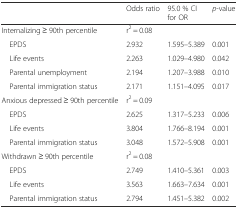
<table><thead><tr><td></td><td><b>Odds ratio</b></td><td><b>95.0 % CI for OR</b></td><td><b><i>p</i>-value</b></td></tr></thead><tbody><tr><td>Internalizing ≥ 90th percentile</td><td>r<sup>2</sup> = 0.08</td><td></td><td></td></tr><tr><td> EPDS</td><td>2.932</td><td>1.595–5.389</td><td>0.001</td></tr><tr><td> Life events</td><td>2.263</td><td>1.029–4.980</td><td>0.042</td></tr><tr><td> Parental unemployment</td><td>2.194</td><td>1.207–3.988</td><td>0.010</td></tr><tr><td> Parental immigration status</td><td>2.171</td><td>1.151–4.095</td><td>0.017</td></tr><tr><td>Anxious depressed ≥ 90th percentile</td><td>r<sup>2</sup> = 0.09</td><td></td><td></td></tr><tr><td> EPDS</td><td>2.625</td><td>1.317–5.233</td><td>0.006</td></tr><tr><td> Life events</td><td>3.804</td><td>1.766–8.194</td><td>0.001</td></tr><tr><td> Parental immigration status</td><td>3.048</td><td>1.572–5.908</td><td>0.001</td></tr><tr><td>Withdrawn ≥ 90th percentile</td><td>r<sup>2</sup> = 0.08</td><td></td><td></td></tr><tr><td> EPDS</td><td>2.749</td><td>1.410–5.361</td><td>0.003</td></tr><tr><td> Life events</td><td>3.563</td><td>1.663–7.634</td><td>0.001</td></tr><tr><td> Parental immigration status</td><td>2.794</td><td>1.451–5.382</td><td>0.002</td></tr></tbody></table>